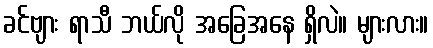
ခင်ဗျား ရာသီ ဘယ်လို အခြေအနေ ရှိလဲ။ များလား။